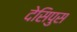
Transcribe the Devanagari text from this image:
देसिपुस